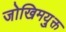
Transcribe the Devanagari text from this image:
जोखिमयु्क्त